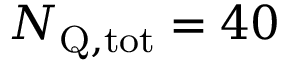
\ensuremath { N _ { \mathrm { Q , t o t } } } = 4 0